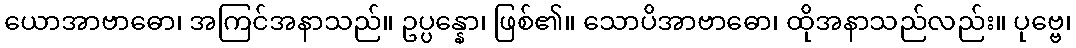
ယောအာဗာဓော၊ အကြင်အနာသည်။ ဥပ္ပန္နော၊ ဖြစ်၏။ သောပိအာဗာဓော၊ ထိုအနာသည်လည်း။ ပုဗ္ဗေ၊